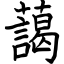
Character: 藹